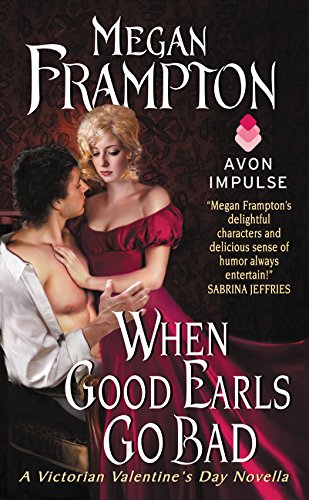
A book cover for When Good Earls Go Bad: A Victorian Valentine's Day Novella (Dukes Behaving Badly); Megan Frampton; Romance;